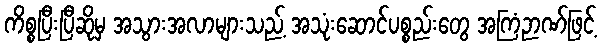
ကိစ္စပြီးပြီဆိုမှ အသွားအလာများသည့် အသုံးဆောင်ပစ္စည်းတွေ အကြံဉာဏ်ဖြင့်